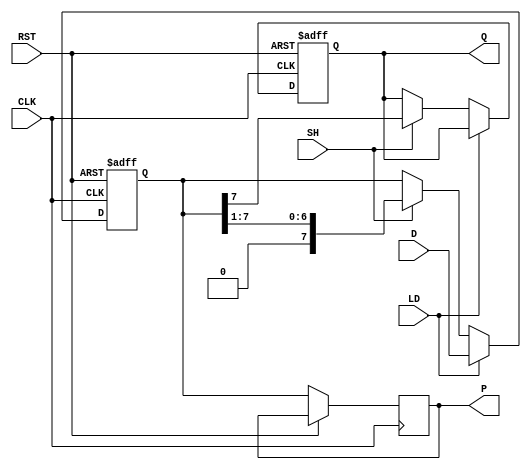
module PISO_Register #(
    parameter N = 8  // Width of the register (number of bits)
)(
    input wire [N-1:0] D,       // Parallel Data Inputs
    input wire LD,               // Load Signal
    input wire SH,               // Shift Signal
    input wire CLK,              // Clock Signal
    input wire RST,              // Reset Signal
    output reg Q,                // Serial Output
    output reg [N-1:0] P        // Parallel Output (optional)
);

    reg [N-1:0] shift_reg;      // Internal shift register

    always @(posedge CLK or posedge RST) begin
        if (RST) begin
            // Asynchronous reset
            shift_reg <= {N{1'b0}}; // Clear the register
            Q <= 1'b0;
        end else begin
            if (LD) begin
                // Load operation
                shift_reg <= D;      // Load data into the register
            end else if (SH) begin
                // Shift operation
                Q <= shift_reg[N-1]; // Output the MSB
                shift_reg <= {1'b0, shift_reg[N-1:1]}; // Shift right and fill with 0
            end
        end
    end

    // Optional: Output the contents of the register
    always @(posedge CLK) begin
        if (!RST) begin
            P <= shift_reg; // Update parallel output
        end
    end

endmodule